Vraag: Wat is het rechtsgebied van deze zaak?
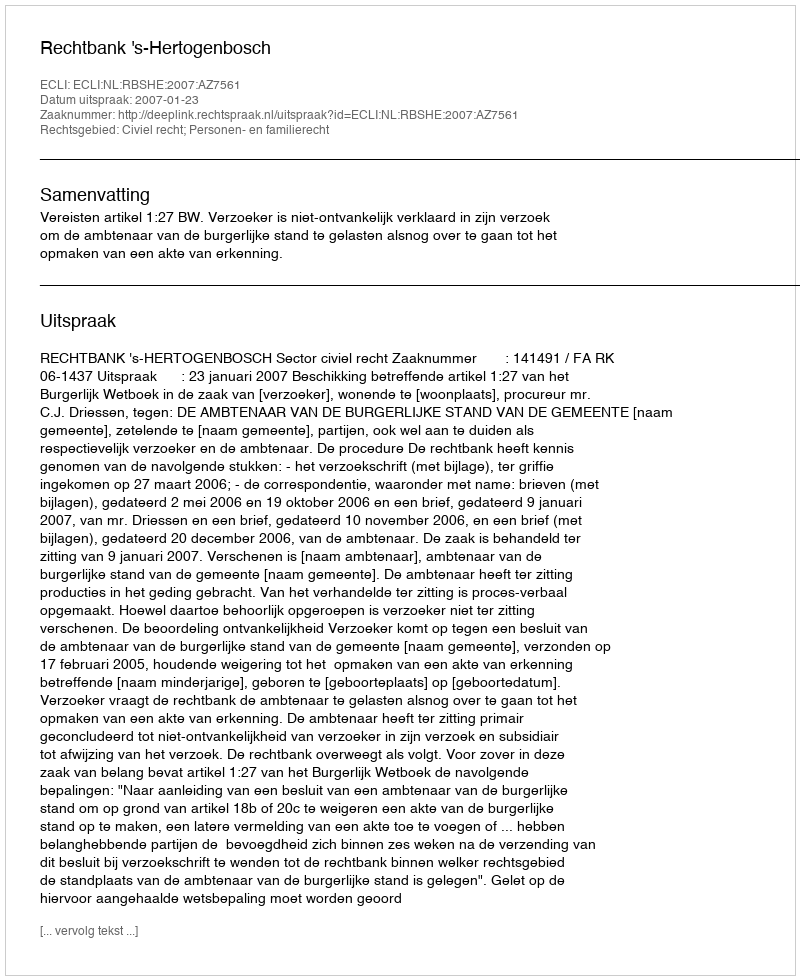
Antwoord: Civiel recht; Personen- en familierecht